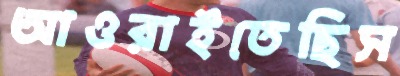
আওরাইতেছিস